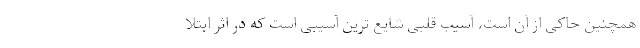
همچنین حاکی از آن است، آسیب قلبی شایع ترین آسیبی است که در اثر ابتلا